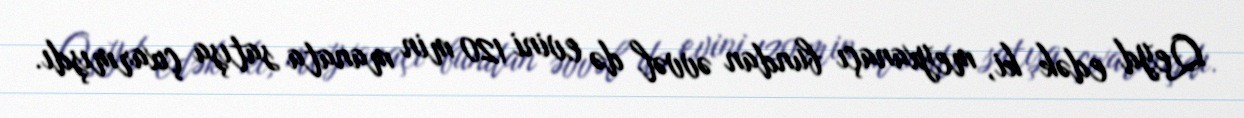
Qeyd edək ki, meyxanaçı bundan əvvəl də evini 120 min manata satışa çıxarmışdı.